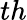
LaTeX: th